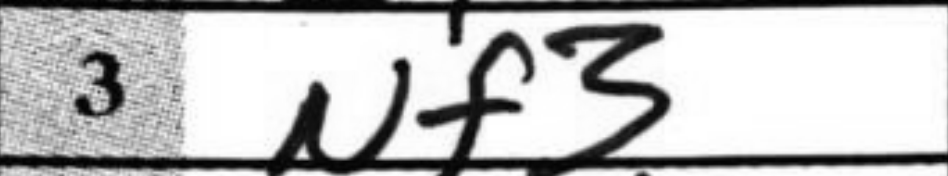
Transcription: Nf3